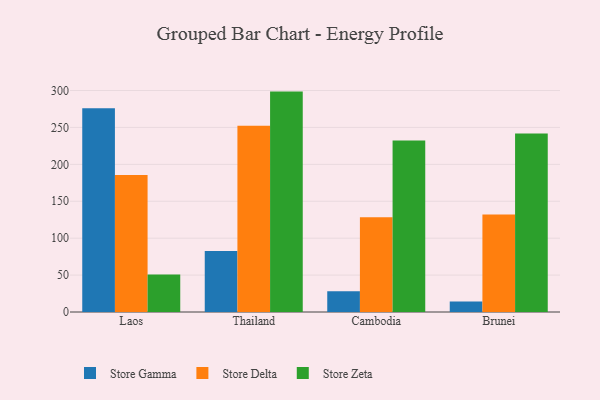
{"axis": {"x": "Country", "y": "Conversion Rate (%)"}, "legend": ["Store Delta", "Store Gamma", "Store Zeta"], "data": [{"x": "Laos", "y": 276.0, "type": "Store Gamma"}, {"x": "Laos", "y": 185.7, "type": "Store Delta"}, {"x": "Laos", "y": 50.8, "type": "Store Zeta"}, {"x": "Thailand", "y": 82.5, "type": "Store Gamma"}, {"x": "Thailand", "y": 252.3, "type": "Store Delta"}, {"x": "Thailand", "y": 298.5, "type": "Store Zeta"}, {"x": "Cambodia", "y": 28.1, "type": "Store Gamma"}, {"x": "Cambodia", "y": 128.3, "type": "Store Delta"}, {"x": "Cambodia", "y": 232.2, "type": "Store Zeta"}, {"x": "Brunei", "y": 14.3, "type": "Store Gamma"}, {"x": "Brunei", "y": 132.2, "type": "Store Delta"}, {"x": "Brunei", "y": 241.8, "type": "Store Zeta"}]}